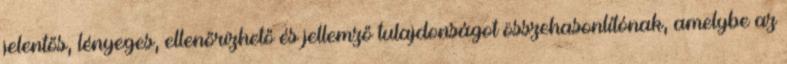
jelentős, lényeges, ellenőrizhető és jellemző tulajdonságot összehasonlítónak, amelybe az